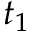
t _ { 1 }